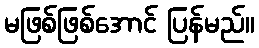
မဖြစ်ဖြစ်အောင် ပြန်မည်။